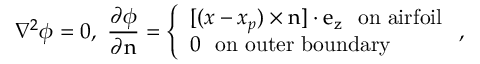
\nabla ^ { 2 } \phi = 0 , ~ \frac { \partial \phi } { \partial \boldsymbol { \mathrm { n } } } = \left\{ \begin{array} { l l } { [ ( \boldsymbol { x } - \boldsymbol { x _ { p } } ) \times \boldsymbol { \mathrm { n } } ] \cdot \boldsymbol { \mathrm { e _ { z } } } ~ ~ \mathrm { o n ~ a i r f o i l } } \\ { 0 ~ ~ \mathrm { o n ~ o u t e r ~ b o u n d a r y } } \end{array} \right. ,